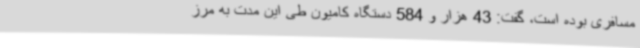
مسافری بوده است، گفت: 43 هزار و 584 دستگاه کامیون طی این مدت به مرز